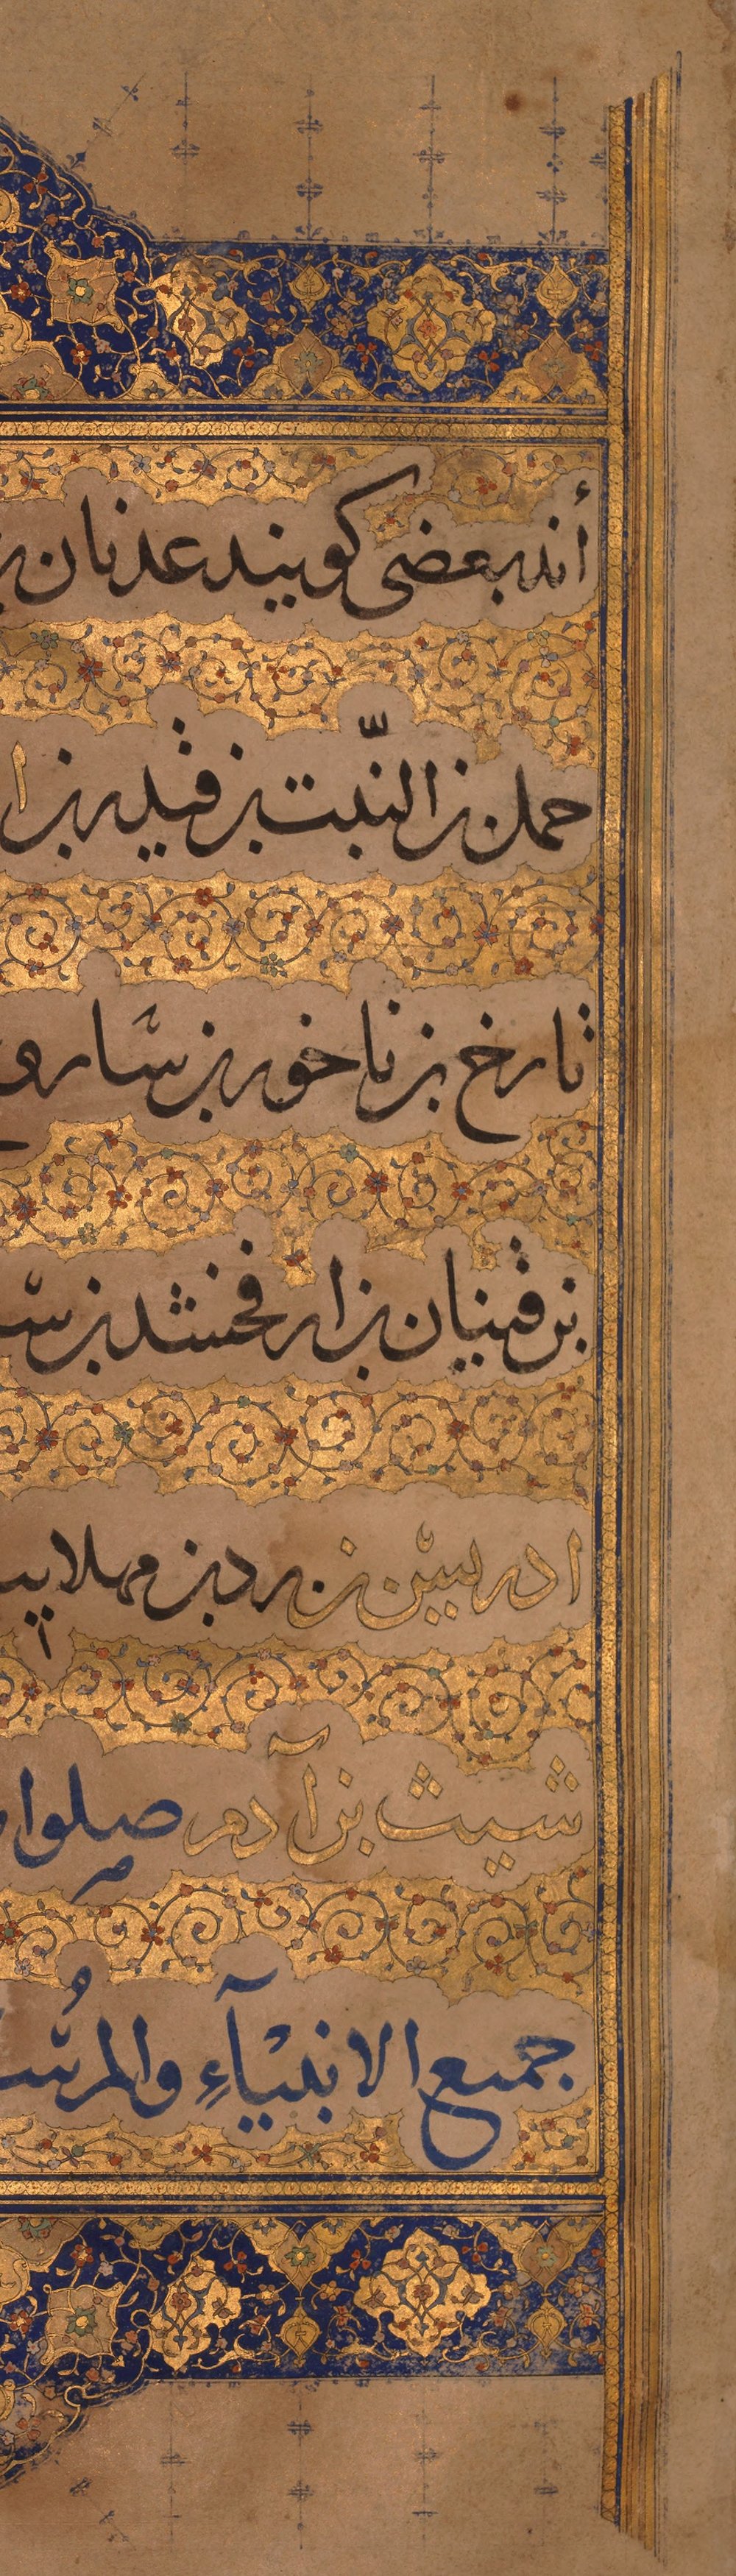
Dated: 1467–1467